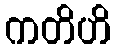
ကတိဟိ